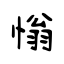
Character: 慃